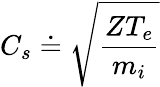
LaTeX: C_{s}\doteq\sqrt{\frac{ZT_{e}}{m_{i}}}